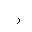
Letter: _ra